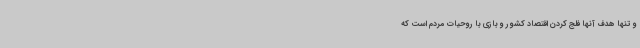
و تنها هدف آنها فلج کردن اقتصاد کشور و بازی با روحیات مردم است که